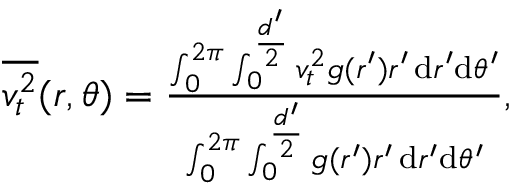
\begin{array} { r } { \overline { { v _ { t } ^ { 2 } } } ( r , \theta ) = \frac { \int _ { 0 } ^ { 2 \pi } \int _ { 0 } ^ { \frac { d ^ { \prime } } { 2 } } v _ { t } ^ { 2 } g ( r ^ { \prime } ) r ^ { \prime } \, \mathrm { d } r ^ { \prime } \mathrm { d } \theta ^ { \prime } } { \int _ { 0 } ^ { 2 \pi } \int _ { 0 } ^ { \frac { d ^ { \prime } } { 2 } } g ( r ^ { \prime } ) r ^ { \prime } \, \mathrm { d } r ^ { \prime } \mathrm { d } \theta ^ { \prime } } , } \end{array}